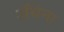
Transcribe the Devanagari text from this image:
ॲथेना